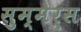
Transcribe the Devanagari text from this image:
सुम्मेर्स